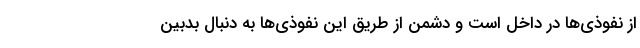
از نفوذی‌ها در داخل است و دشمن از طریق این نفوذی‌ها به دنبال بدبین